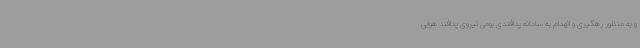
و به منظور رهگیری و انهدام به سامانه پدافندی بومی نیروی پدافند هوایی